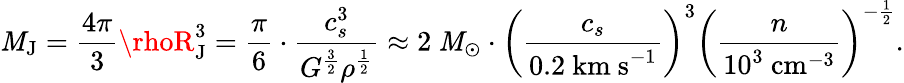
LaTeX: \mathit{M}_{\mathrm{{J}}}={\frac{{4\pi}}{{3}}}\rhoR_{\mathrm{{J}}}^{3}={\frac{{\pi}}{{6}}}\cdot{\frac{{c_{s}^{3}}}{{G^{\frac{{3}}{{2}}}\rho^{\frac{{1}}{{2}}}}}}\approx2{\mathrm{{~\mathit{M}}}}_{\odot}\cdot\left({\frac{{c_{s}}}{{0.2{\mathrm{{~km~s}}}^{-1}}}}\right)^{3}\left({\frac{{n}}{{10^{3}{\mathrm{{~cm}}}^{-3}}}}\right)^{-{\frac{{1}}{{2}}}}.